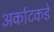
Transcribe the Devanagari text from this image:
अर्काटकडे